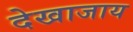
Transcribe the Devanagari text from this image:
देखाजाय